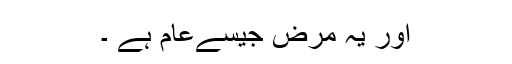
اور یہ مرض جیسےعام ہے ۔